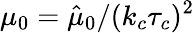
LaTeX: \mu_{0}=\hat{\mu}_{0}/(k_{c}\tau_{c})^{2}